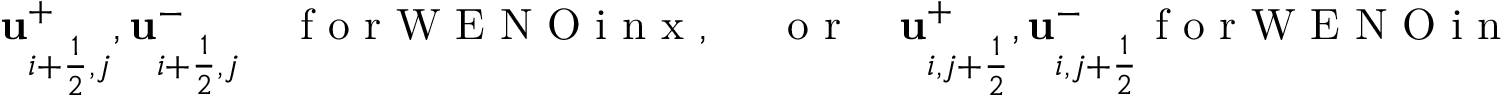
\mathbf u _ { i + \frac { 1 } { 2 } , j } ^ { + } , \mathbf u _ { i + \frac { 1 } { 2 } , j } ^ { - } \quad \mathrm { ~ f ~ o ~ r ~ W ~ E ~ N ~ O ~ i ~ n ~ x ~ , ~ \quad ~ o ~ r ~ } \quad \mathbf u _ { i , j + \frac { 1 } { 2 } } ^ { + } , \mathbf u _ { i , j + \frac { 1 } { 2 } } ^ { - } \mathrm { ~ f ~ o ~ r ~ W ~ E ~ N ~ O ~ i ~ n ~ y ~ . ~ }